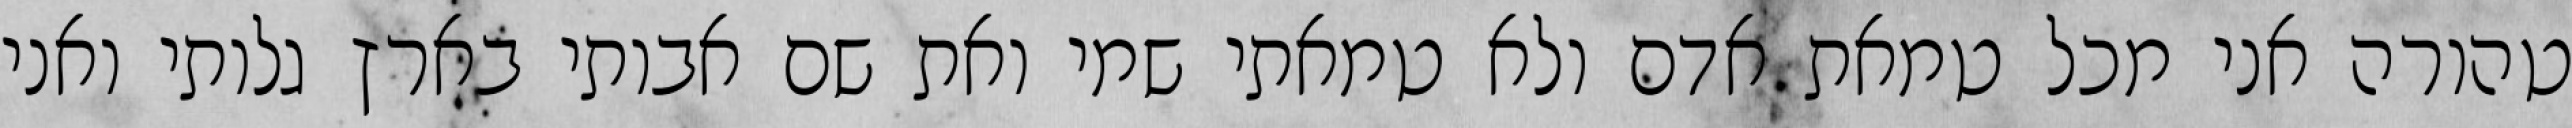
טהורה אני מכל טמאת אדם ולא טמאתי שמי ואת שם אבותי בארץ גלותי ואני